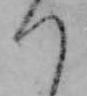
つ